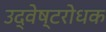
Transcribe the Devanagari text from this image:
उद्वेष्टरोधक